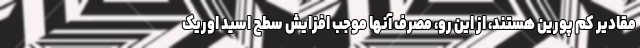
مقادیر کم پورین هستند، از این رو، مصرف آنها موجب افزایش سطح اسید اوریک